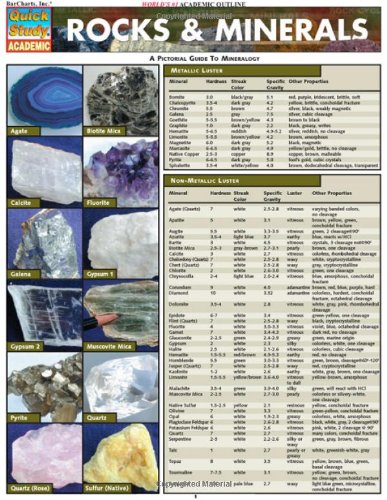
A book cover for Rocks & Minerals (Quickstudy: Academic); Inc. BarCharts; Science & Math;